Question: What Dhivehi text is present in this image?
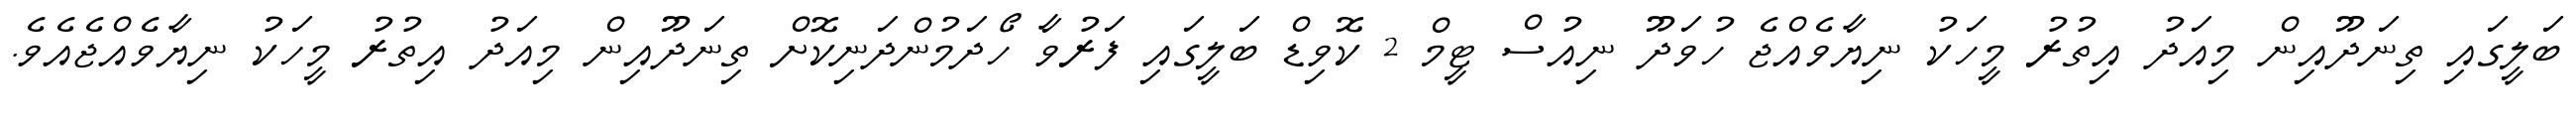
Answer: ބަލީގައި ތިނަދޫއިން މިއަދު އިތުރު މީހަކު ނިޔާވެއްޖެ ހުވަދޫ ނިއުސް ޓީމް 2 ކޮވިޑް ބަލީގައި ފަރުވާ ހޯދަމުންދަނިކޮށް ތިނަދޫއިން މިއަދު އިތުރު މީހަކު ނިޔާވެއްޖެއެވެ.